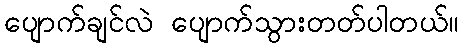
ပျောက်ချင်လဲ ပျောက်သွားတတ်ပါတယ်။